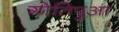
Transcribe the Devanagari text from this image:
गोतिपुआ